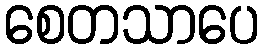
စေတသာပေ